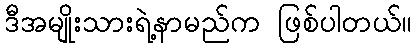
ဒီအမျိုးသားရဲ့နာမည်က ဖြစ်ပါတယ်။